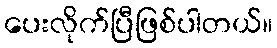
ပေးလိုက်ပြီဖြစ်ပါတယ်။